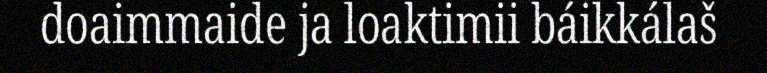
doaimmaide ja loaktimii báikkálaš